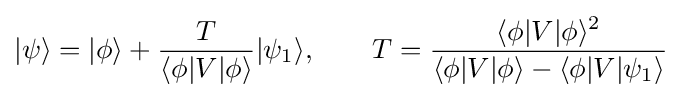
|\psi \rangle =|\phi \rangle +{\frac {T}{\langle \phi |V|\phi \rangle }}|\psi _{1}\rangle ,\qquad T={\frac {\langle \phi |V|\phi \rangle ^{2}}{\langle \phi |V|\phi \rangle -\langle \phi |V|\psi _{1}\rangle }}